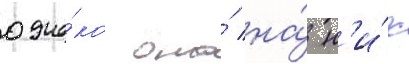
одна́ко она́ на́ н'и́х